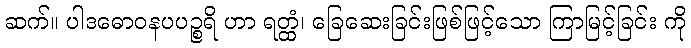
ဆက်။ ပါဒဓောဝနပပဉ္စရိ ဟာ ရတ္ထံ၊ ခြေဆေးခြင်းဖြစ်ဖြင့်သော ကြာမြင့်ခြင်း ကို